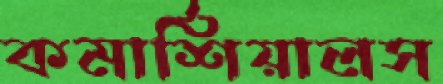
কমার্শিয়ালস